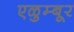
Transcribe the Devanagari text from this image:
एळुम्बूर